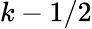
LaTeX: k-1/2